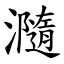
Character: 瀡